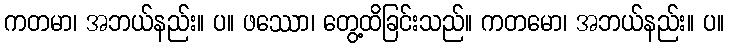
ကတမာ၊ အဘယ်နည်း။ ပ။ ဖဿော၊ တွေ့ထိခြင်းသည်။ ကတမော၊ အဘယ်နည်း။ ပ။